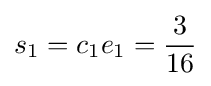
s_{1}=c_{1}e_{1}={\frac {3}{16}}